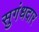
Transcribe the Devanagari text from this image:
सुगंधदार